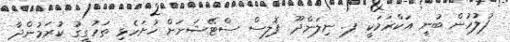
ފުލުހުން ބުނީ އަކްރަމަކީ ފ. ނިލަންދޫ ޕޮލިސް ސްޓޭޝަނަށް ހުށަހެޅި ތަހުގީގު ކުރަމުންދާ